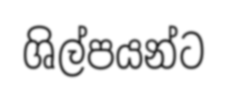
ශිල්පයන්ට